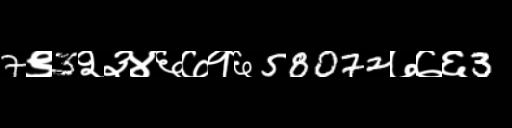
Text: 7९3२३४६७१६58072७७६3